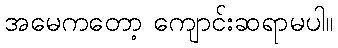
အမေကတော့ ကျောင်းဆရာမပါ။